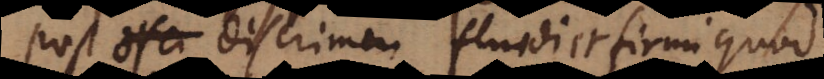
Post discrimen fluidi et firmi quod